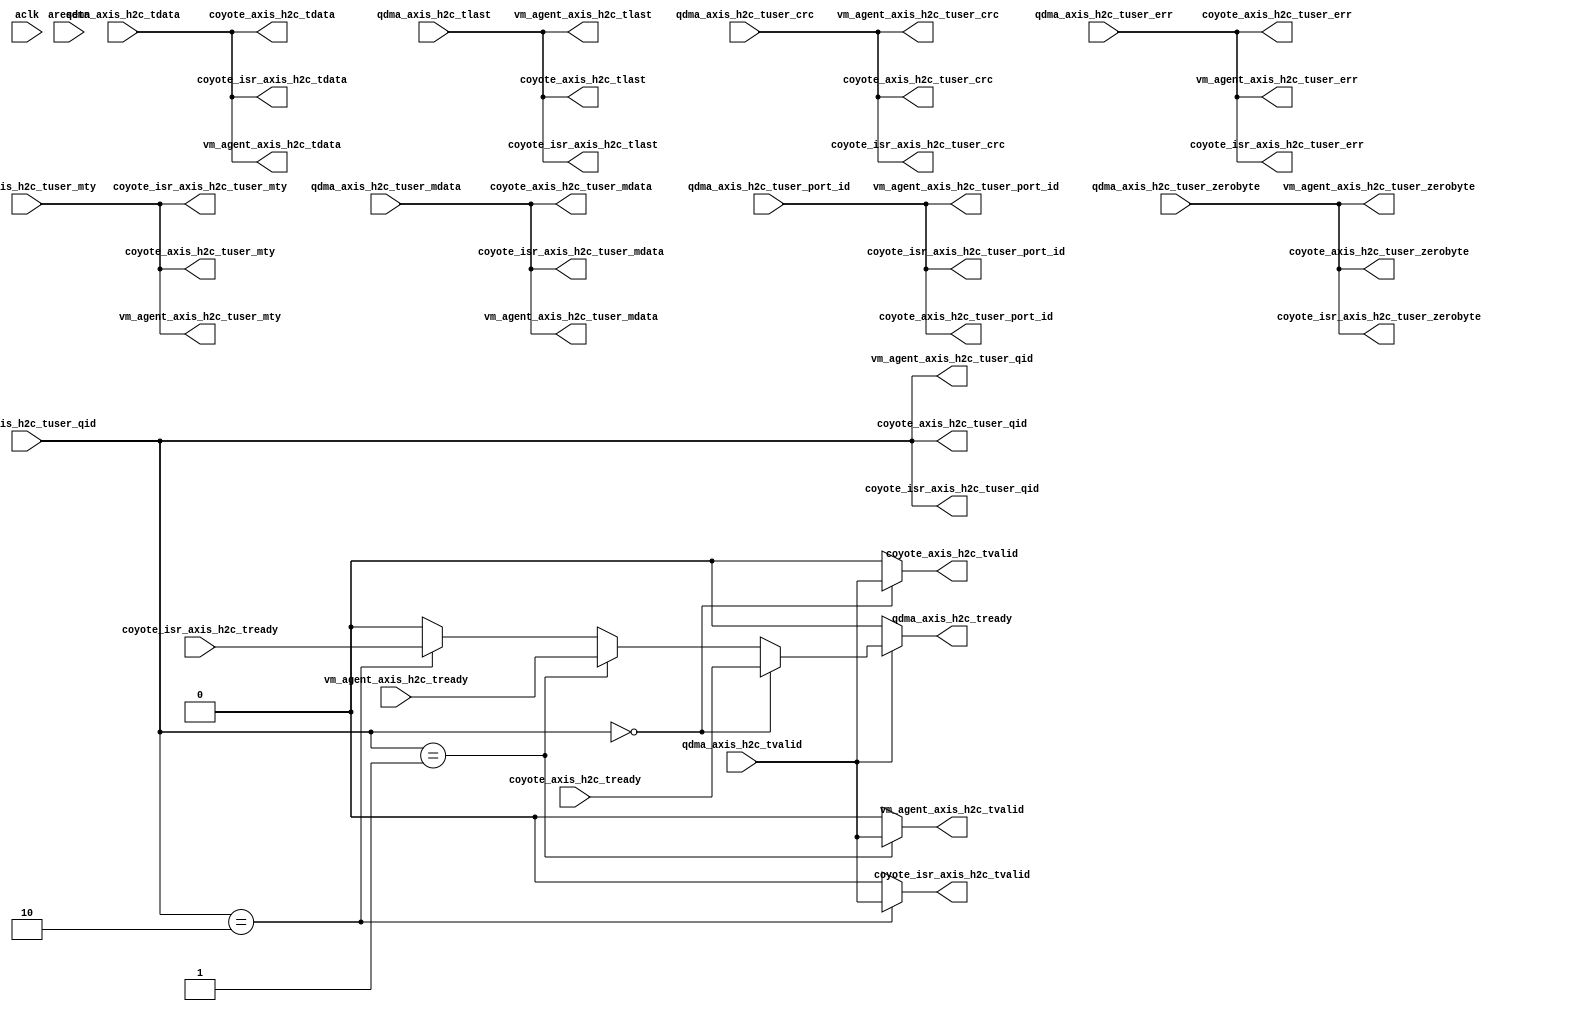

`timescale 1 ns / 1 ps

module vm_agent_qdma_data_demux_v1_0
(
    
    input   wire            aclk,
    input   wire            aresetn,

    // Input from m_axis_h2c 
    input   wire [511:0]    qdma_axis_h2c_tdata,
    input   wire [31:0]     qdma_axis_h2c_tuser_crc,
    input   wire [10:0]     qdma_axis_h2c_tuser_qid,
    input   wire [2:0]      qdma_axis_h2c_tuser_port_id,
    input   wire            qdma_axis_h2c_tuser_err,
    input   wire [31:0]     qdma_axis_h2c_tuser_mdata,
    input   wire [5:0]      qdma_axis_h2c_tuser_mty,
    input   wire            qdma_axis_h2c_tuser_zerobyte,
    input   wire            qdma_axis_h2c_tvalid,
    input   wire            qdma_axis_h2c_tlast,
    output  wire            qdma_axis_h2c_tready,
    
    // Output to vm_agent
    output  wire [511:0]    vm_agent_axis_h2c_tdata,
    output  wire [31:0]     vm_agent_axis_h2c_tuser_crc,
    output  wire [10:0]     vm_agent_axis_h2c_tuser_qid,
    output  wire [2:0]      vm_agent_axis_h2c_tuser_port_id,
    output  wire            vm_agent_axis_h2c_tuser_err,
    output  wire [31:0]     vm_agent_axis_h2c_tuser_mdata,
    output  wire [5:0]      vm_agent_axis_h2c_tuser_mty,
    output  wire            vm_agent_axis_h2c_tuser_zerobyte,
    output  wire            vm_agent_axis_h2c_tvalid,
    output  wire            vm_agent_axis_h2c_tlast,
    input   wire            vm_agent_axis_h2c_tready,
    
    // Output to Coyote
    output  wire [511:0]    coyote_axis_h2c_tdata,
    output  wire [31:0]     coyote_axis_h2c_tuser_crc,
    output  wire [10:0]     coyote_axis_h2c_tuser_qid,
    output  wire [2:0]      coyote_axis_h2c_tuser_port_id,
    output  wire            coyote_axis_h2c_tuser_err,
    output  wire [31:0]     coyote_axis_h2c_tuser_mdata,
    output  wire [5:0]      coyote_axis_h2c_tuser_mty,
    output  wire            coyote_axis_h2c_tuser_zerobyte,
    output  wire            coyote_axis_h2c_tvalid,
    output  wire            coyote_axis_h2c_tlast,
    input   wire            coyote_axis_h2c_tready,
    
    // Output to Coyote
    output  wire [511:0]    coyote_isr_axis_h2c_tdata,
    output  wire [31:0]     coyote_isr_axis_h2c_tuser_crc,
    output  wire [10:0]     coyote_isr_axis_h2c_tuser_qid,
    output  wire [2:0]      coyote_isr_axis_h2c_tuser_port_id,
    output  wire            coyote_isr_axis_h2c_tuser_err,
    output  wire [31:0]     coyote_isr_axis_h2c_tuser_mdata,
    output  wire [5:0]      coyote_isr_axis_h2c_tuser_mty,
    output  wire            coyote_isr_axis_h2c_tuser_zerobyte,
    output  wire            coyote_isr_axis_h2c_tvalid,
    output  wire            coyote_isr_axis_h2c_tlast,
    input   wire            coyote_isr_axis_h2c_tready
);

    // Assign all data for VM agent
    assign vm_agent_axis_h2c_tdata          = qdma_axis_h2c_tdata; 
    assign vm_agent_axis_h2c_tuser_crc      = qdma_axis_h2c_tuser_crc; 
    assign vm_agent_axis_h2c_tuser_qid      = qdma_axis_h2c_tuser_qid;
    assign vm_agent_axis_h2c_tuser_port_id  = qdma_axis_h2c_tuser_port_id;
    assign vm_agent_axis_h2c_tuser_err      = qdma_axis_h2c_tuser_err;
    assign vm_agent_axis_h2c_tuser_mdata    = qdma_axis_h2c_tuser_mdata;
    assign vm_agent_axis_h2c_tuser_mty      = qdma_axis_h2c_tuser_mty;
    assign vm_agent_axis_h2c_tuser_zerobyte = qdma_axis_h2c_tuser_zerobyte;
    assign vm_agent_axis_h2c_tlast          = qdma_axis_h2c_tlast;
    
    // Assign all data for Coyote host memory access
    assign coyote_axis_h2c_tdata            = qdma_axis_h2c_tdata; 
    assign coyote_axis_h2c_tuser_crc        = qdma_axis_h2c_tuser_crc; 
    assign coyote_axis_h2c_tuser_qid        = qdma_axis_h2c_tuser_qid;
    assign coyote_axis_h2c_tuser_port_id    = qdma_axis_h2c_tuser_port_id;
    assign coyote_axis_h2c_tuser_err        = qdma_axis_h2c_tuser_err;
    assign coyote_axis_h2c_tuser_mdata      = qdma_axis_h2c_tuser_mdata;
    assign coyote_axis_h2c_tuser_mty        = qdma_axis_h2c_tuser_mty;
    assign coyote_axis_h2c_tuser_zerobyte   = qdma_axis_h2c_tuser_zerobyte;
    assign coyote_axis_h2c_tlast            = qdma_axis_h2c_tlast;
  
    // Assign all data for Coyote page migration
    assign coyote_isr_axis_h2c_tdata            = qdma_axis_h2c_tdata; 
    assign coyote_isr_axis_h2c_tuser_crc        = qdma_axis_h2c_tuser_crc; 
    assign coyote_isr_axis_h2c_tuser_qid        = qdma_axis_h2c_tuser_qid;
    assign coyote_isr_axis_h2c_tuser_port_id    = qdma_axis_h2c_tuser_port_id;
    assign coyote_isr_axis_h2c_tuser_err        = qdma_axis_h2c_tuser_err;
    assign coyote_isr_axis_h2c_tuser_mdata      = qdma_axis_h2c_tuser_mdata;
    assign coyote_isr_axis_h2c_tuser_mty        = qdma_axis_h2c_tuser_mty;
    assign coyote_isr_axis_h2c_tuser_zerobyte   = qdma_axis_h2c_tuser_zerobyte;
    assign coyote_isr_axis_h2c_tlast            = qdma_axis_h2c_tlast;
  
    // Assign Coyote handshake if QID is 0 and VM if QID is 1
    assign coyote_axis_h2c_tvalid = (qdma_axis_h2c_tuser_qid == 0) ? qdma_axis_h2c_tvalid : 1'b0;
    assign vm_agent_axis_h2c_tvalid = (qdma_axis_h2c_tuser_qid == 1) ? qdma_axis_h2c_tvalid : 1'b0;
    assign coyote_isr_axis_h2c_tvalid = (qdma_axis_h2c_tuser_qid == 2) ? qdma_axis_h2c_tvalid : 1'b0;
    assign qdma_axis_h2c_tready = ~qdma_axis_h2c_tvalid ? 1'b0 : ((qdma_axis_h2c_tuser_qid == 0) ? coyote_axis_h2c_tready : ((qdma_axis_h2c_tuser_qid == 1) ? vm_agent_axis_h2c_tready : ((qdma_axis_h2c_tuser_qid == 2) ? coyote_isr_axis_h2c_tready : 1'b0)));
    
endmodule